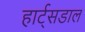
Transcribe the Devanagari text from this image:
हार्ट्‌सडाल